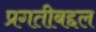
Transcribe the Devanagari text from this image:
प्रगतीबद्दल